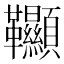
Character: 𩎌